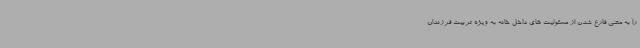
را به معنی فارغ شدن از مسئولیت های داخل خانه به ویژه تربیت فرزندان